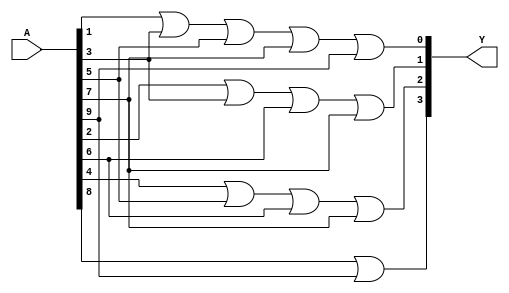
module enc_dec_BCD(A, Y);
input [9:0]A;
output [3:0]Y;
assign Y[0] = (A[1] | A[3] | A[5] | A[7] | A[9]);
assign Y[1] = (A[2] | A[3] | A[6] | A[7]);
assign Y[2] = (A[4] | A[5] | A[6] | A[7]);
assign Y[3] = (A[8] | A[9]);
endmodule